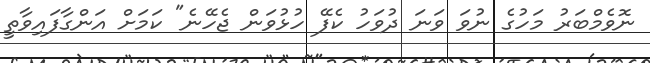
ނޮވެމްބަރު މަހުގެ ނުވަ ވަނަ ދުވަހު ކެފޭ ހުޅުވަން ޖެހޭނެ" ކަމަށް އަންގާފައިވާތީ